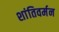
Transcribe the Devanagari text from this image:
शांतिवर्मन